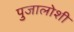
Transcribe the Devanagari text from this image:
पुजालोशी